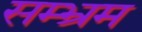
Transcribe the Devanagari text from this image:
सम्भ्रम